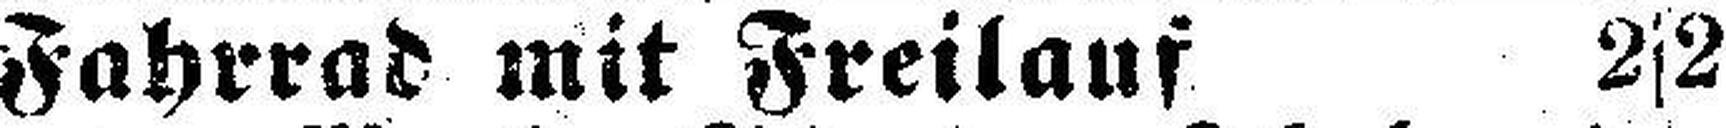
Fahrrad mit Freilauf 2s2